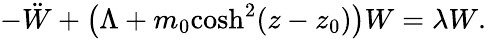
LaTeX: -\ddot{W}+\left(\Lambda+m_{0}\textrm{cosh}^{2}(z-z_{0})\right)W=\lambda W.